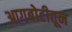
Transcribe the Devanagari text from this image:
आगबोटीतून